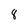
Character: 8